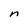
Character: n